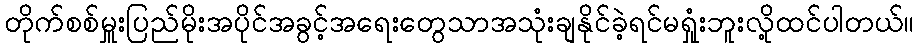
တိုက်စစ်မှူးပြည်မိုးအပိုင်အခွင့်အရေးတွေသာအသုံးချနိုင်ခဲ့ရင်မရှုံးဘူးလို့ထင်ပါတယ်။